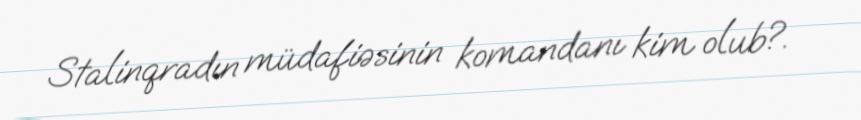
Stalinqradın müdafiəsinin komandanı kim olub?.